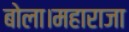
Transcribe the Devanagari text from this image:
बोला।महाराजा